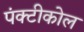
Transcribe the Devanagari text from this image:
पंक्टीकोल